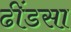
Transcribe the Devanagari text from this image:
ढींडसा